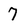
Character: 7